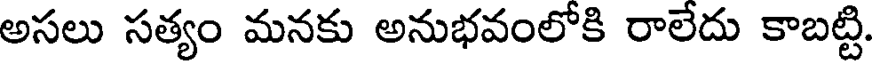
అసలు సత్యం మనకు అనుభవంలోకి రాలేదు కాబట్టి